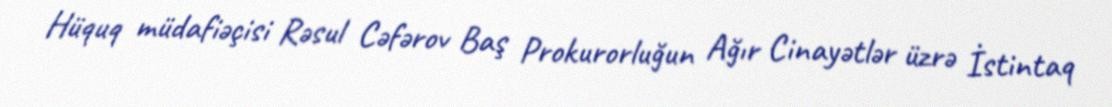
Hüquq müdafiəçisi Rəsul Cəfərov Baş Prokurorluğun Ağır Cinayətlər üzrə İstintaq